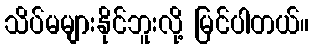
သိပ်မများနိုင်ဘူးလို့ မြင်ပါတယ်။